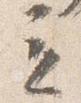
立